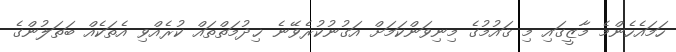
ހަމައެހެންމެ މާޒީގައި މި ޤައުމުގެ މިނިވަންކަމަށް އަގުނުކުރެވޭނެ ޚިދުމަތްތައް ކުރެއްވި އެތަކެއް ބަތަލުންގެ